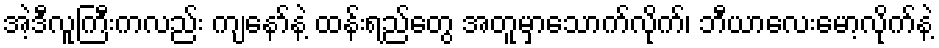
အဲ့ဒီလူကြီးကလည်း ကျနော်နဲ့ ထန်းရည်တွေ အတူမှာသောက်လိုက်၊ ဘီယာလေးမော့လိုက်နဲ့